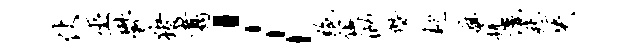
仗巫郁猪翥l绝俱泐僭趑旗挑洒愁失